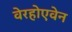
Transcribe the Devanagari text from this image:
वेरहोएवेन